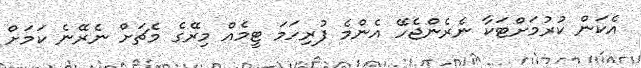
އެކަން ކުރުމަށްޓަކާ ނެރެންޖެހޭ އެންމެ ފުރިހަމަ ޓީމެއް މިރޭގެ މެޗަށް ނެރޭނެ ކަމަށް